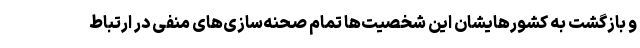
و بازگشت به کشورهایشان این شخصیت‌ها تمام صحنه‌سازی‌های منفی در ارتباط